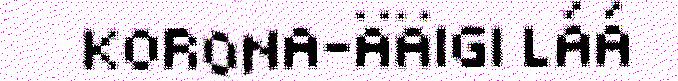
KORONA-ÄÄIGI LÁÁ